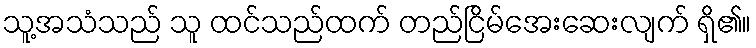
သူ့အသံသည် သူ ထင်သည်ထက် တည်ငြိမ်အေးဆေးလျက် ရှိ၏။